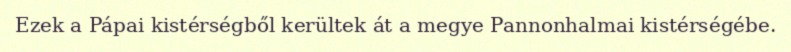
Ezek a Pápai kistérségből kerültek át a megye Pannonhalmai kistérségébe.